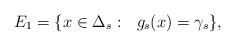
LaTeX: \begin{align*} E_1=\{ x\in \Delta_s:\ \ g_s(x)=\gamma_s \},\end{align*}